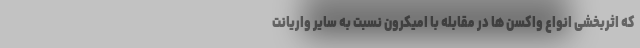
که اثربخشی انواع واکسن ها در مقابله با اُمیکرون نسبت به سایر واریانت